Vaccination in Bombay 1869-1873 - 1869-1873
Year: 1869
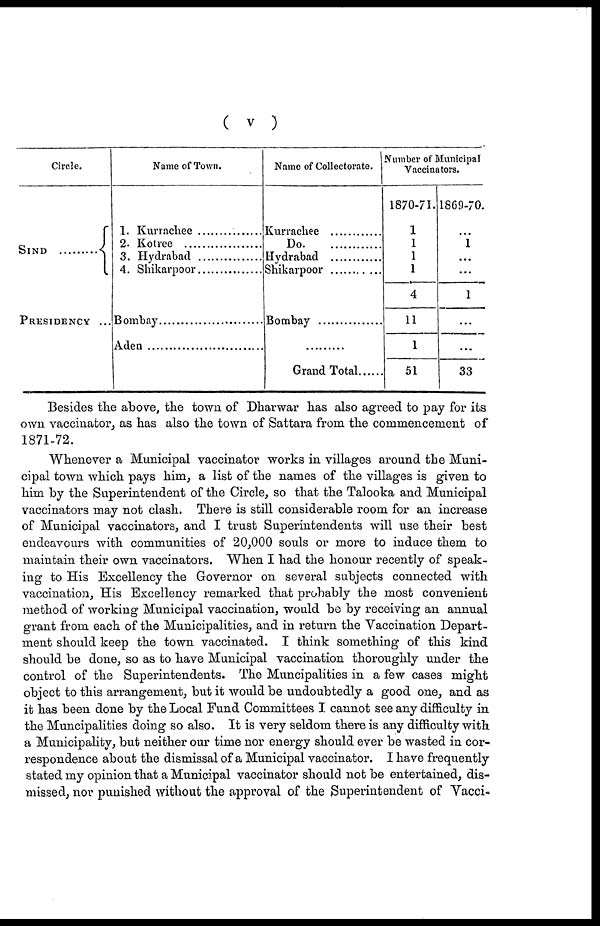
( v )
Circle.
SIND
PRESIDENCY ...
Name of Town.
1. Kurrachee
2. Kotree
3. Hydrabad
4. Shikarpoor ...........
Bombay .................
Aden .....................
Name of Collectorate.
Kurrachee
Do .
Hydrabad
Shikarpoor ...........
Bombay .................
Aden .....................
Grand Total ......
Number of Municipal
Vaccinators.
1870-71.
1
1
1
1
4
11
1
51
1869-70.
...
1
...
...
1
...
...
33
Besides the above, the town of Dharwar has also agreed to pay for its
own vaccinator, as has also the town of Sattara from the commencement of
1871-72.
Whenever a Municipal vaccinator works in villages around the Muni-
cipal town which pays him, a list of the names of the villages is given to
him by the Superintendent of the Circle, so that the Talooka and Municipal
vaccinators may not clash. There is still considerable room for an increase
of Municipal vaccinators, and I trust Superintendents will use their best
endeavours with communities of 20,000 souls or more to induce them to
maintain their own vaccinators. When I had the honour recently of speak-
ing to His Excellency the Governor on several subjects connected with
vaccination, His Excellency remarked that probably the most convenient
method of working Municipal vaccination, would be by receiving an annual
grant from each of the Municipalities, and in return the Vaccination Depart-
ment should keep the town vaccinated. I think something of this kind
should be done, so as to have Municipal vaccination thoroughly under the
control of the Superintendents. The Muncipalities in a few cases might
object to this arrangement, but it would be undoubtedly a good one, and as
it has been done by the Local Fund Committees I cannot see any difficulty in
the Muncipalities doing so also. It is very seldom there is any difficulty with
a Municipality, but neither our time nor energy should ever be wasted in cor-
respondence about the dismissal of a Municipal vaccinator. I have frequently
stated my opinion that a Municipal vaccinator should not be entertained, dis-
missed, nor punished without the approval of the Superintendent of Vacci-